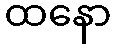
ထနော